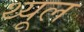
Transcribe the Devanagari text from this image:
थ्यूल